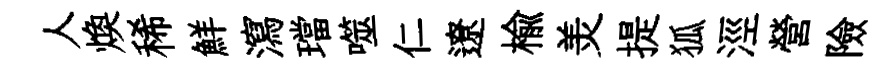
人焕稀鮮瀉璫噬仁遼榆羙提狐涇營險